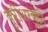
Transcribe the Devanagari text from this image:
कुरीअरकुट्टी